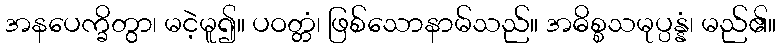
အနပေက္ခိတွာ၊ မငဲ့မူ၍။ ပဝတ္တံ၊ ဖြစ်သောနာမ်သည်။ အဓိစ္စသမုပ္ပန္နံ၊ မည်၏။